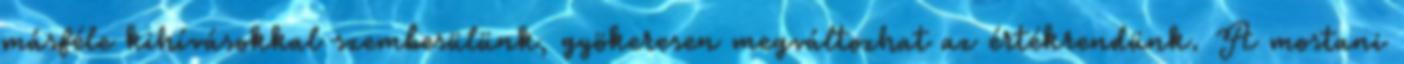
másféle kihívásokkal szembesülünk, gyökeresen megváltozhat az értékrendünk. A mostani